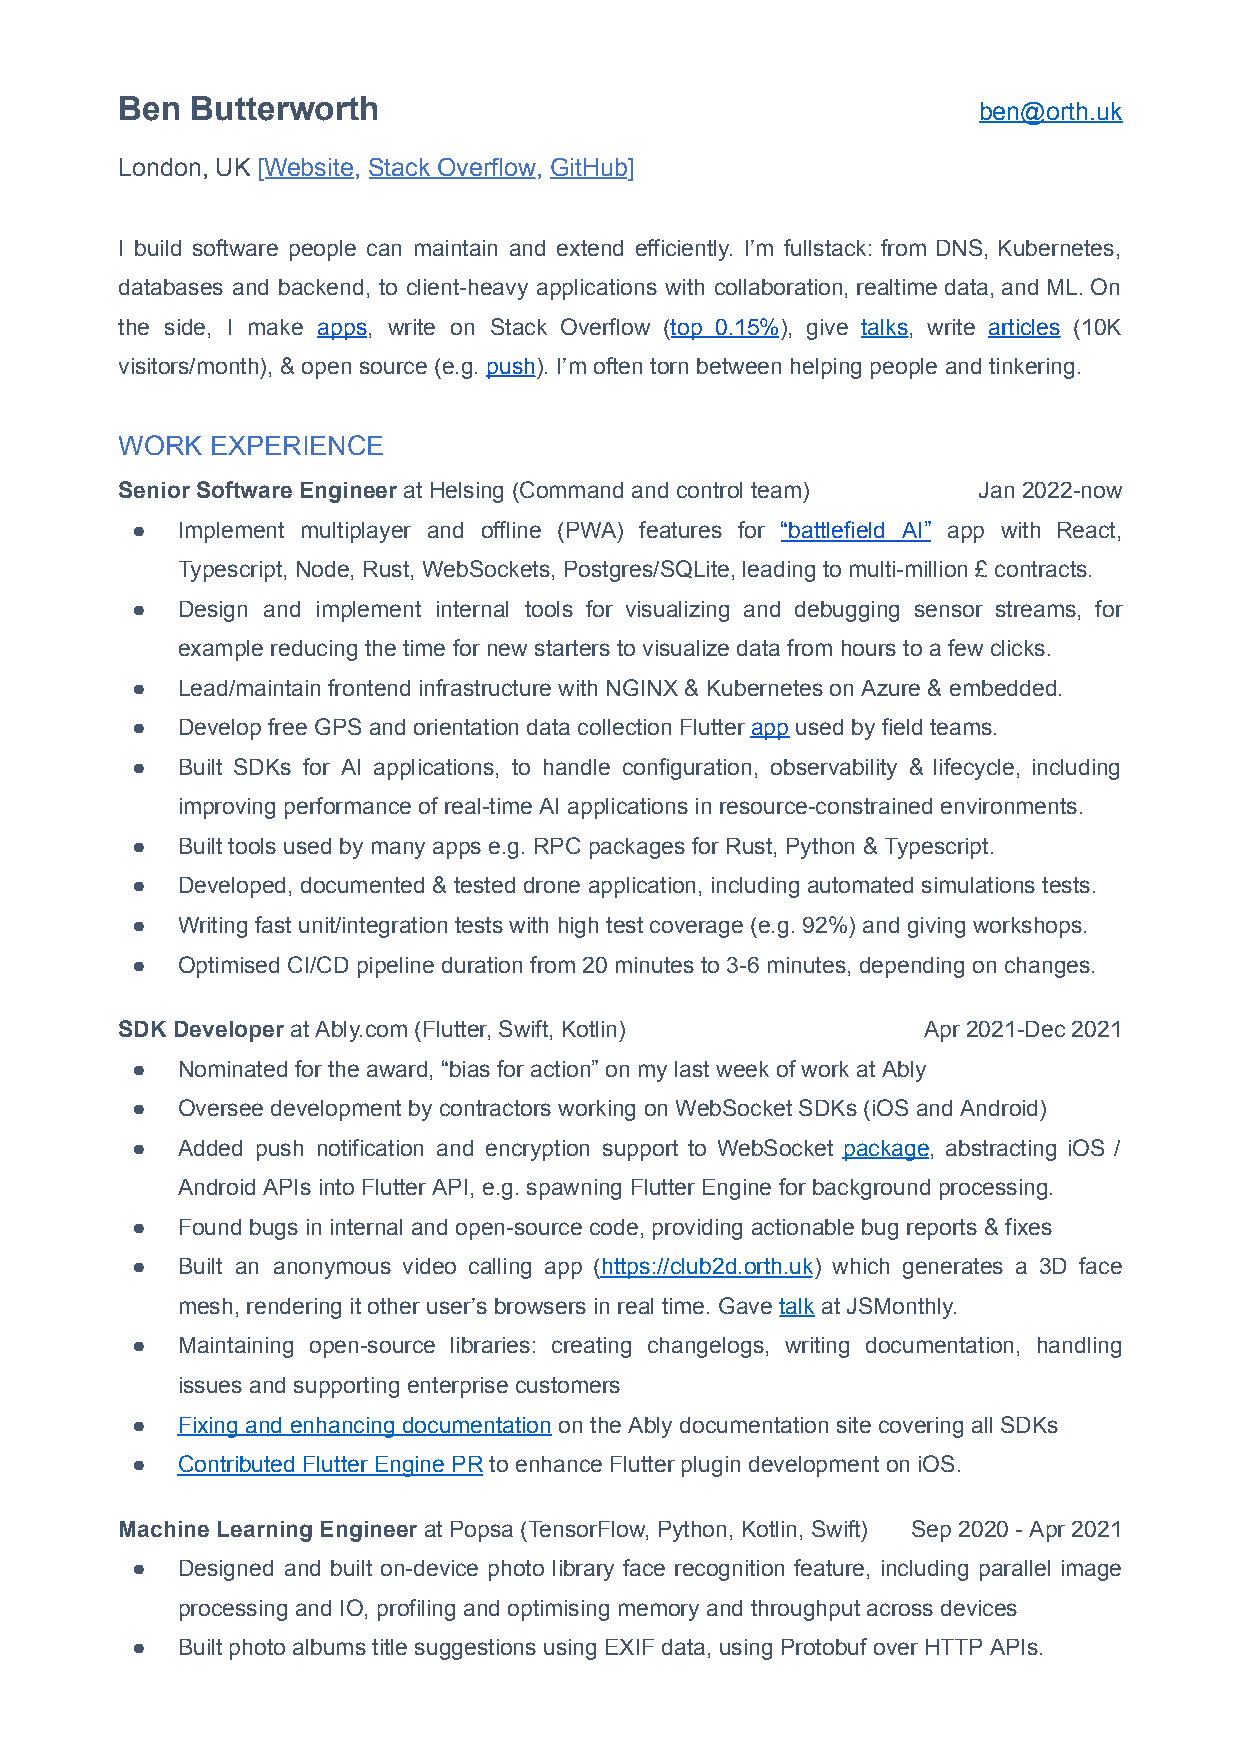
Ben  Butterworth
 ben@orth.uk
 London, UK [Website, Stack Overflow, GitHub]
 I build software people can maintain and extend efficiently. I’m fullstack: from DNS, Kubernetes,
 databases and backend, to client-heavy applications with collaboration, realtime data, and ML. On
 the side, I make apps, write on Stack Overflow (top 0.15%), give talks, write articles (10K
 visitors/month), & open source (e.g. push). I’m often torn between helping people and tinkering.
 WORK  EXPERIENCE
 Senior Software Engineer at Helsing (Command and control team) Jan 2022-now
 ●  Implement multiplayer and offline (PWA) features for “battlefield AI” app with React,
 Typescript, Node, Rust, WebSockets, Postgres/SQLite, leading to multi-million £ contracts.
 ●  Design and implement internal tools for visualizing and debugging sensor streams, for
 example reducing the time for new starters to visualize data from hours to a few clicks.
 ●  Lead/maintain frontend infrastructure with NGINX & Kubernetes on Azure & embedded.
 ●  Develop free GPS and orientation data collection Flutter app used by field teams.
 ●  Built SDKs for AI applications, to handle configuration, observability & lifecycle, including
 improving performance of real-time AI applications in resource-constrained environments.
 ●  Built tools used by many apps e.g. RPC packages for Rust, Python & Typescript.
 ●  Developed, documented & tested drone application, including automated simulations tests.
 ●  Writing fast unit/integration tests with high test coverage (e.g. 92%) and giving workshops.
 ●  Optimised CI/CD pipeline duration from 20 minutes to 3-6 minutes, depending on changes.
 SDK Developer at Ably.com (Flutter, Swift, Kotlin)   Apr 2021-Dec 2021
 ●  Nominated for the award, “bias for action” on my last week of work at Ably
 ●  Oversee development by contractors working on WebSocket SDKs (iOS and Android)
 ●  Added push notification and encryption support to WebSocket package, abstracting iOS /
 Android APIs into Flutter API, e.g. spawning Flutter Engine for background processing.
 ●  Found bugs in internal and open-source code, providing actionable bug reports & fixes
 ●  Built an anonymous video calling app (https://club2d.orth.uk) which generates a 3D face
 mesh, rendering it other user’s browsers in real time. Gave talk at JSMonthly.
 ●  Maintaining open-source libraries: creating changelogs, writing documentation, handling
 issues and supporting enterprise customers
 ●  Fixing and enhancing documentation on the Ably documentation site covering all SDKs
 ●  Contributed Flutter Engine PR to enhance Flutter plugin development on iOS.
 Machine Learning Engineer at Popsa (TensorFlow, Python, Kotlin, Swift) Sep 2020 - Apr 2021
 ●  Designed and built on-device photo library face recognition feature, including parallel image
 processing and IO, profiling and optimising memory and throughput across devices
 ●  Built photo albums title suggestions using EXIF data, using Protobuf over HTTP APIs.